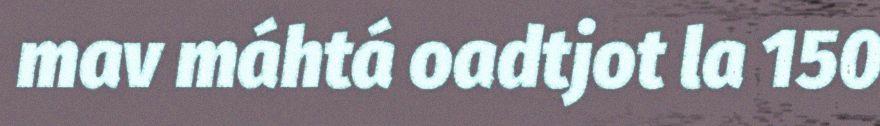
mav máhtá oadtjot la 150